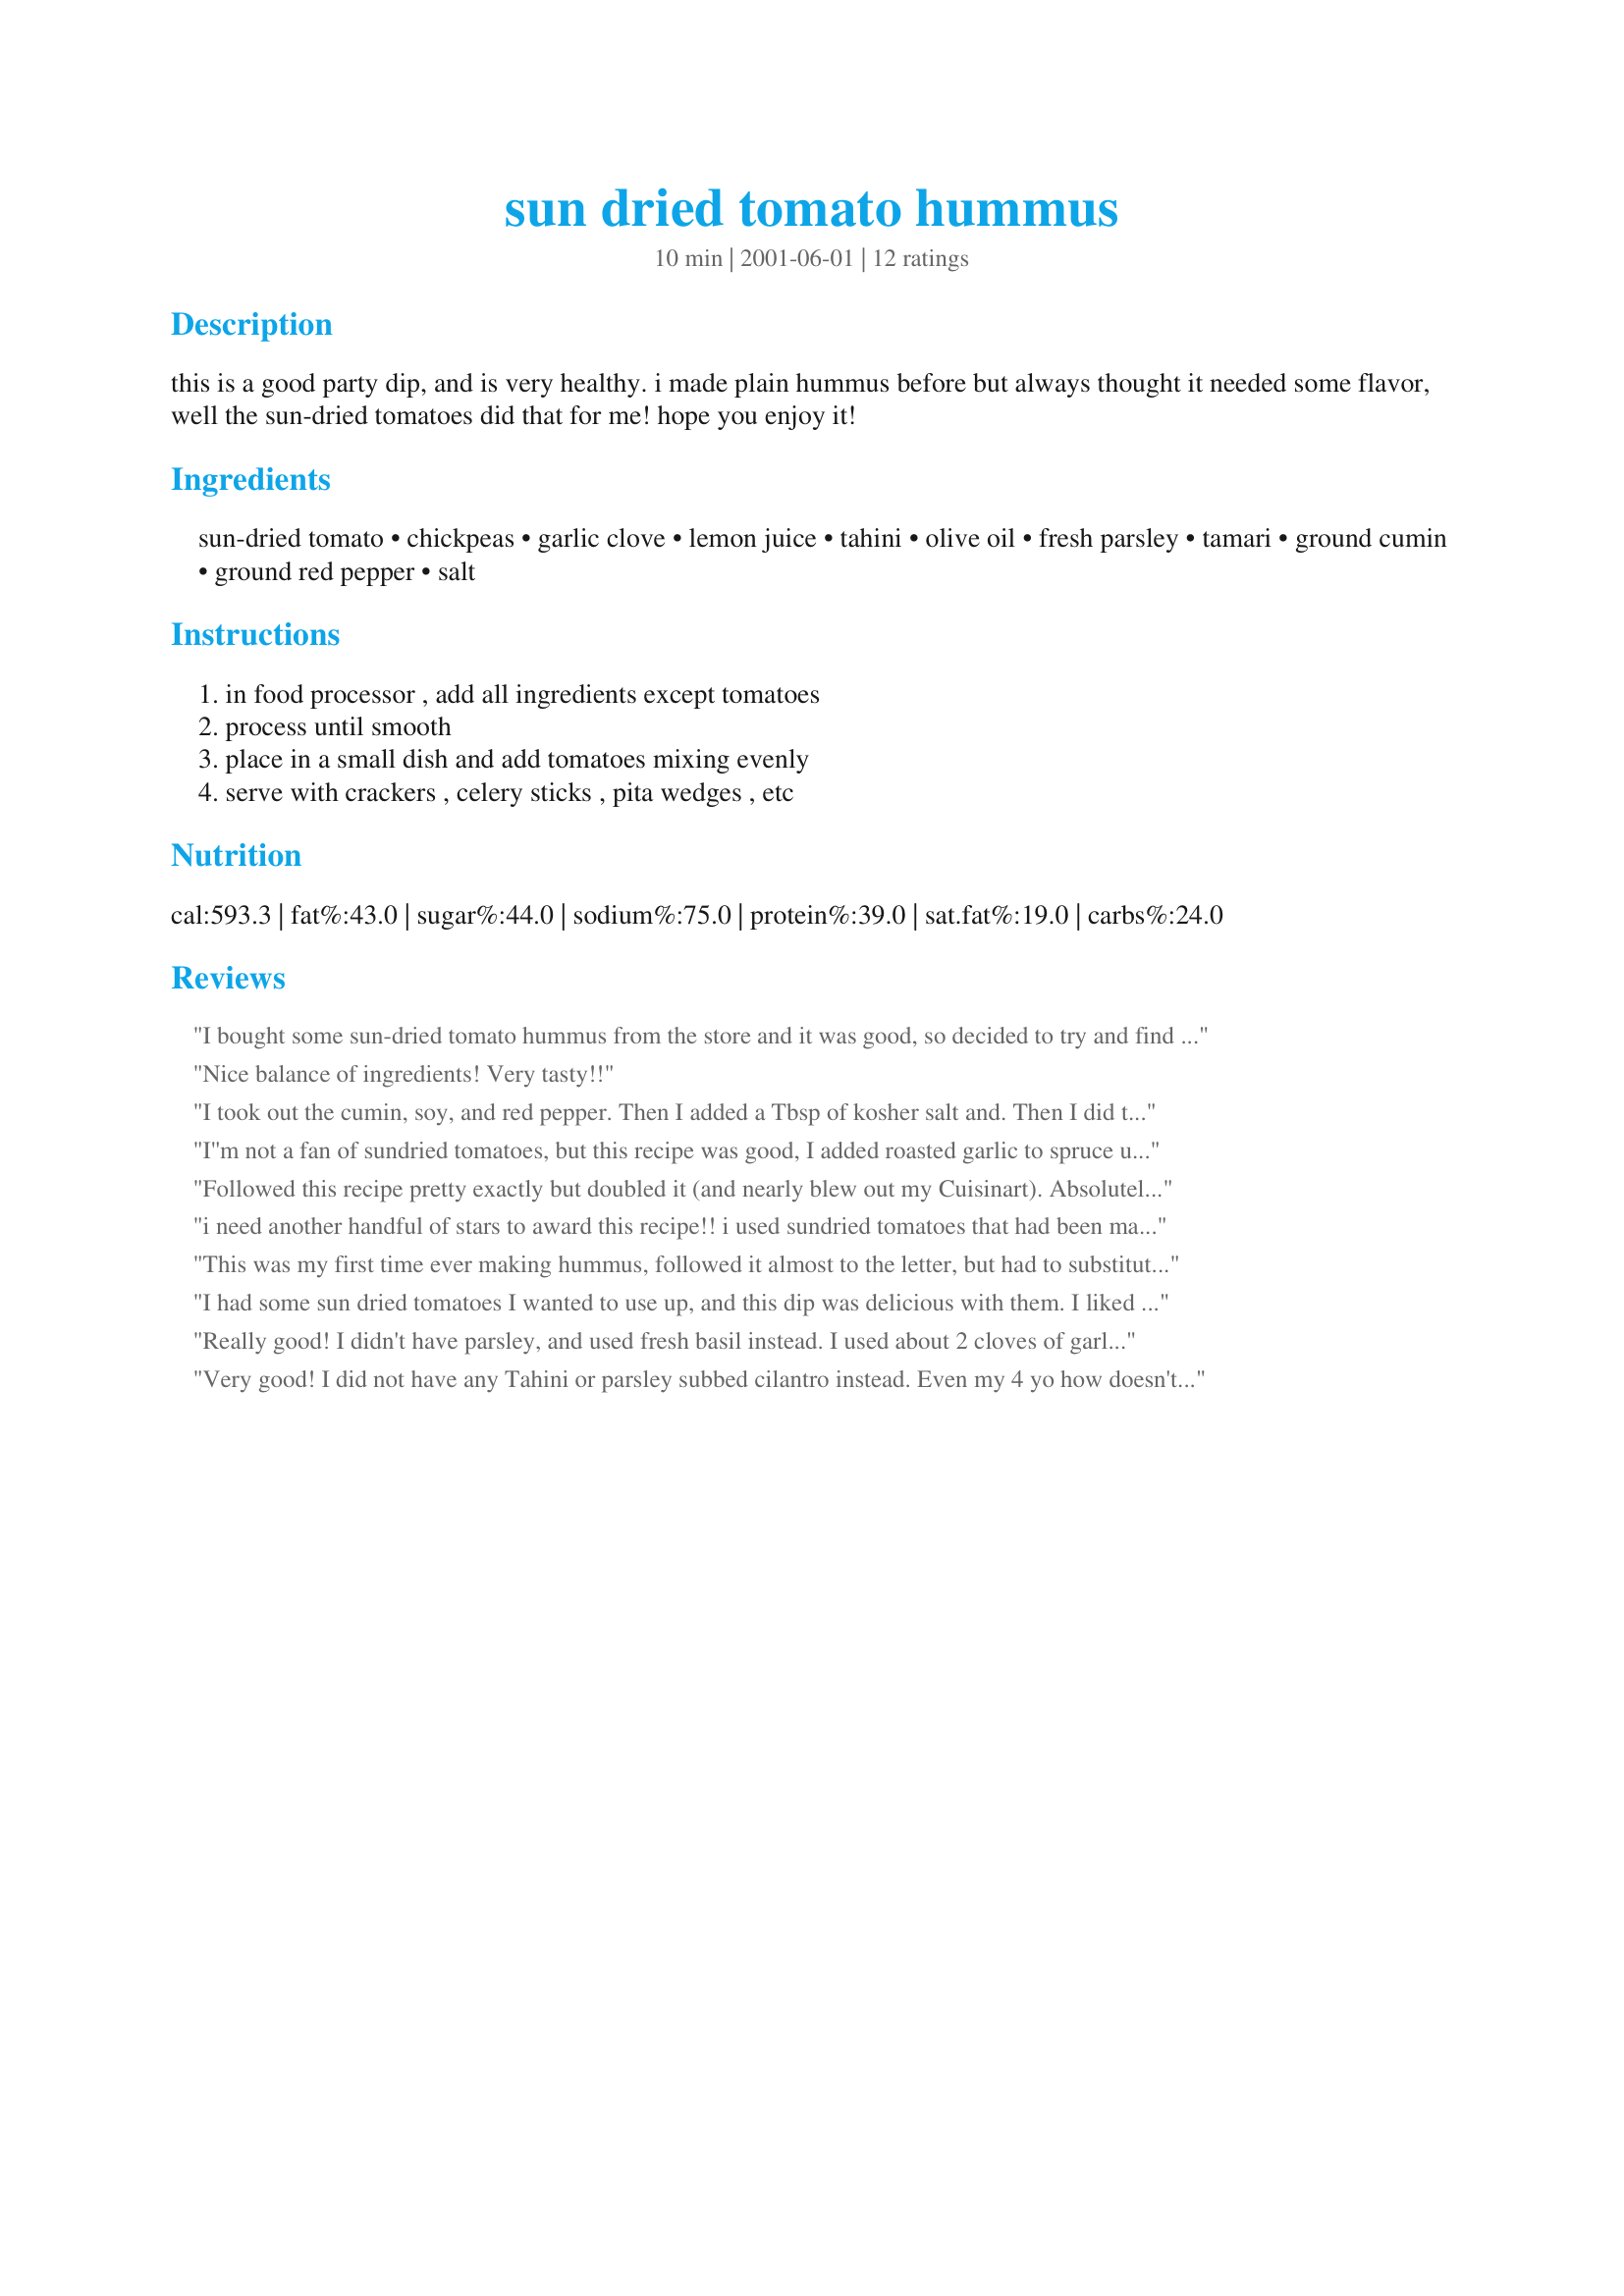
sun dried tomato hummus
Preparation time: 10 minutes

this is a good party dip, and is very healthy. i made plain hummus before but always thought it needed some flavor, well the sun-dried tomatoes did that for me! hope you enjoy it!

Ingredients:
sun-dried tomato, chickpeas, garlic clove, lemon juice, tahini, olive oil, fresh parsley, tamari, ground cumin, ground red pepper, salt

Steps:
in food processor , add all ingredients except tomatoes, process until smooth, place in a small dish and add tomatoes mixing evenly, serve with crackers , celery sticks , pita wedges , etc

Reviews:
I bought some sun-dried tomato hummus from the store and it was good, so decided to try and find a recipe so I could make it myself. This fit the bill and is my favorite homemade hummus recipe so far! This is the third one I've made. The taste is very similar to pizza. My sun dried tomatoes were packed in olive oil, so I reserved some of it and used it for the called for 2 tablespoons in this recipe. I also skipped the garlic since I am not fond of its flavor in uncooked foods.
Nice balance of ingredients! Very tasty!!
I took out the cumin, soy, and red pepper. Then I added a Tbsp of kosher salt and. Then I did two half-batches. One with the sun-dried tomatos, and the other with chopped red bell pepper. They were great by themselves, and mixed together.
I''m not a fan of sundried tomatoes, but this recipe was good, I added roasted garlic to spruce up the flavor a little. I also reduced the amount of lemon juice. otherwise a very good recipe. thank you for posting it.
Followed this recipe pretty exactly but doubled it (and nearly blew out my Cuisinart). Absolutely delicious - the flavors are just wonderful... for a non-traditional hummus, I really think you need some zing and zang and this recipe delivers it. I'm a little curious how sun-dried tomatoes pureed in with the hummus would change the flavor, but adding the chopped pieces, and letting the flavors blend a bit does nicely and adds additional texture. In the future, I may add some of the cooked chickpea water (I use dried peas to start) to the mix in order to thin out the hummus. In all, I'll be making this again - highly recommended.
i need another handful of stars to award this recipe!! i used sundried tomatoes that had been marinated in oil, and i threw in about a 1/4 cup of goat cheese. i also processed about 1/3 of the tomatoes directly into the hummus, and stirred the remainder in. other than that, i followed the recipe precisely. the result was amazing! thank you, so much!
This was my first time ever making hummus, followed it almost to the letter, but had to substitute basil for parsley and left out the cummin, oh and I pureed the sundried tomatoes in the hummus, and it was a really delicious hummus, the verdict was "WAY better than shop bought". I served it with crudites, and toasted wholemeal pitta fingers. I got about four servings.
I had some sun dried tomatoes I wanted to use up, and this dip was delicious with them. I liked it so much.....I used it as a spread on a roast beef sandwich as well. Thank you so much for a great, versatile recipe. Definitely a keeper for me!
Really good! I didn't have parsley, and used fresh basil instead. I used about 2 cloves of garlic. Used this hummus to make veggie wraps to bring to work for lunch. Very satisfying!
Very good! I did not have any Tahini or parsley subbed cilantro instead. Even my 4 yo how doesn't like tomatos said it was very yummy. Thanks for sharing!
I love sun dried tomatoes and hummus. Putting them together is only natural and bound to be fantastic. I just found that 1 cup was way to much for this recipe. I would half the tomatoes next time. There was no creaminess left, but the flavor was great. (did leave out the cumin)
This recipe is GREAT, I just made it, and tried it, I am impressed! Will make again! I followed it exact, but omitted the extra salt...and it was excellant!
